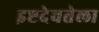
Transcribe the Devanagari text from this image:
इष्टदेवतेला